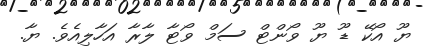
ޔޫ އޯކޭ ޑޫ ޔޫ ވޯންޓް ސަމް ވޯޓާ ލާރާ އަހާލިއެވެ. ޔާ.